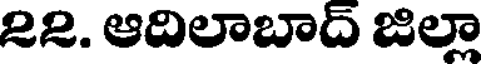
22. ఆదిలాబాద్ జిల్లా